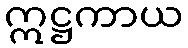
ဣဋ္ဌကာယ